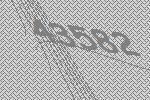
43582